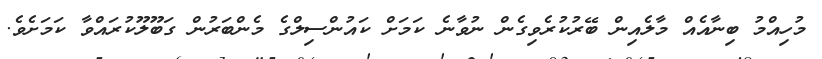
މުހިއްމު ބިނާއެއް މާލެއިން ބޭރުކުރެވިގެން ނުވާނެ ކަމަށް ކައުންސިލްގެ މެންބަރުން ގަބޫލޫކުރައްވާ ކަމަށެވެެ.